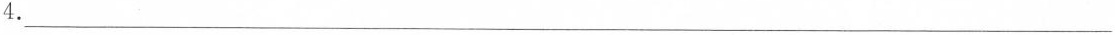
4.___